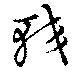
較